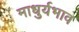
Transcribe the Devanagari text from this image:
माधुर्यभाव